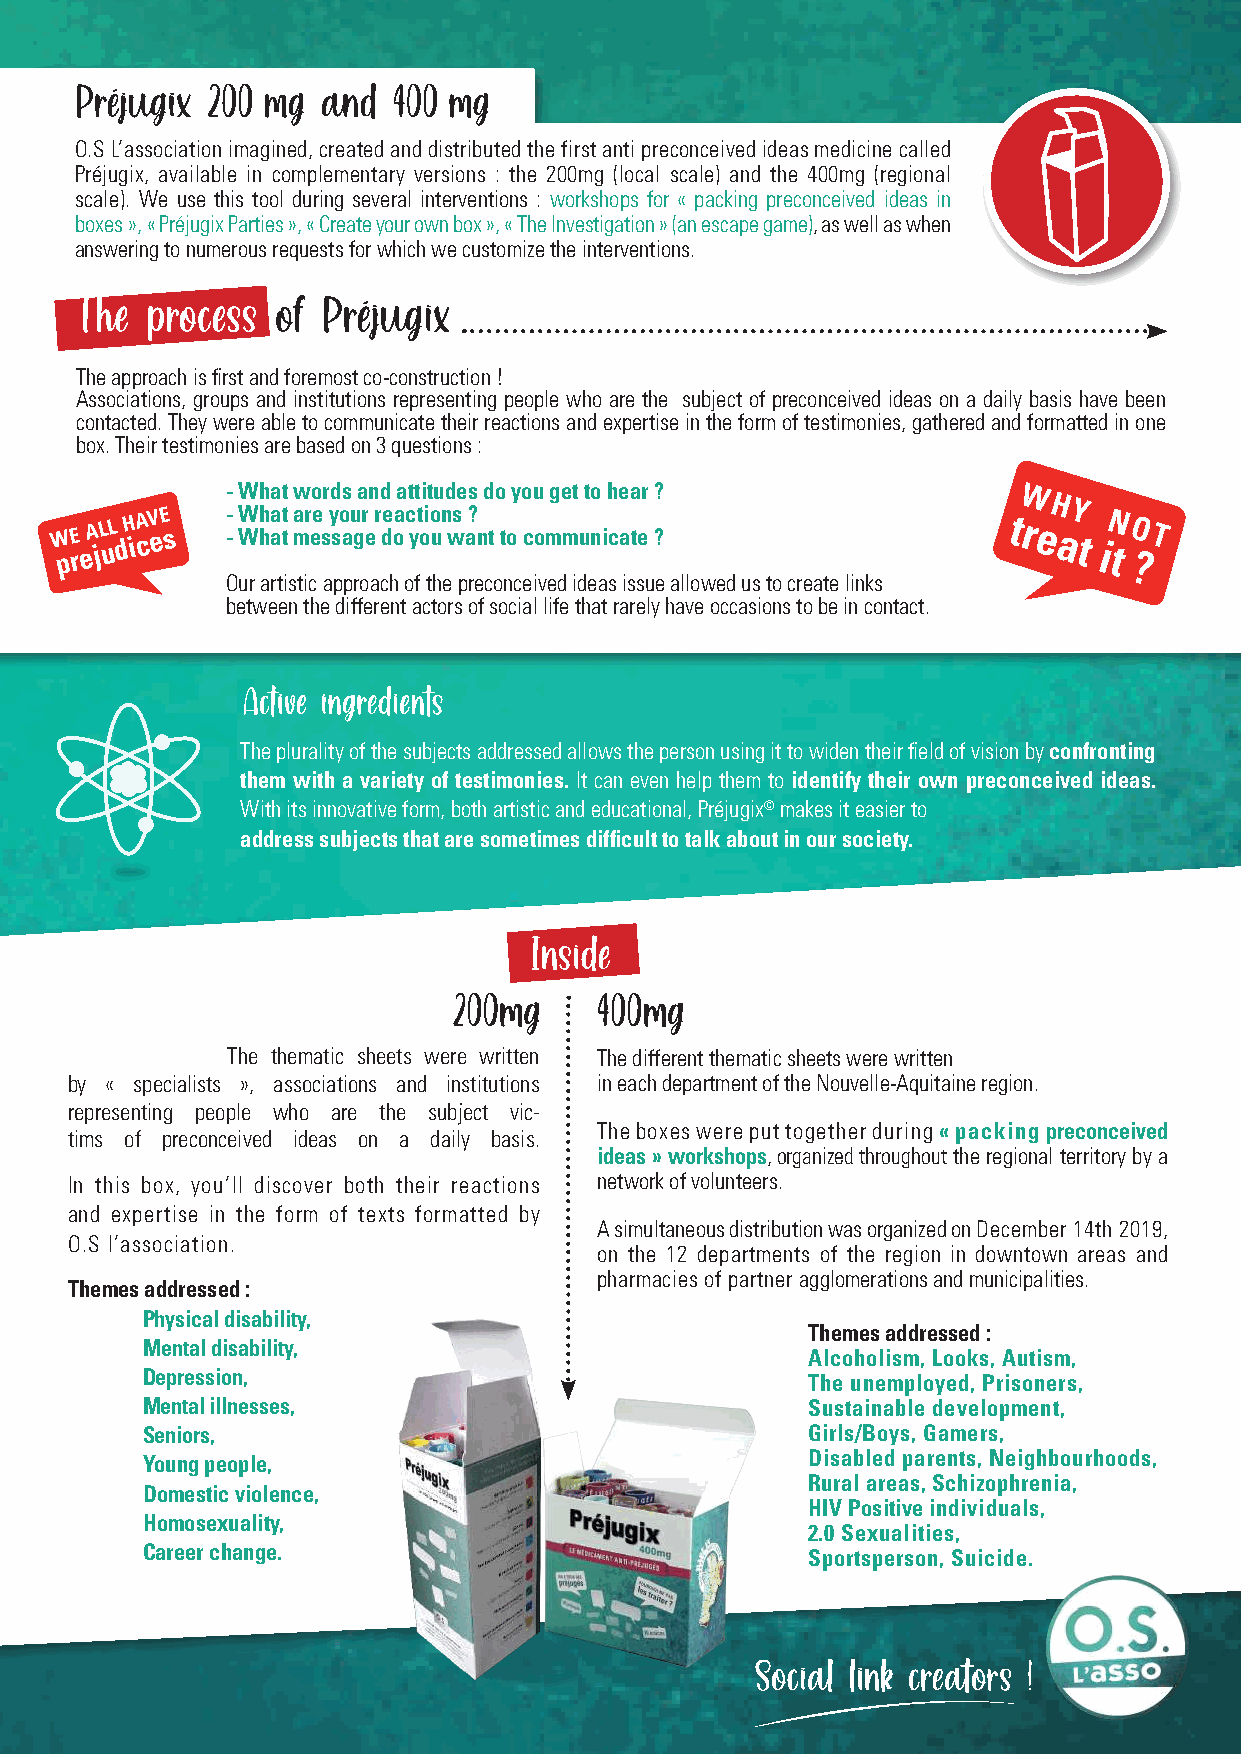
Préjugix 200 mg and  400 mg
 O.S L’association imagined, created and distributed the first anti preconceived ideas medicine called
 Préjugix, available in complementary versions : the 200mg (local scale) and the 400mg (regional
 scale). We use this tool during several interventions : workshops for « packing preconceived ideas in
 boxes », « Préjugix Parties », « Create your own box », « The Investigation » (an escape game), as well as when
 answering to numerous requests for which we customize the interventions.
 The  process of Préjugix
 The approach is first and foremost co-construction !
 Associations, groups and institutions representing people who are the subject of preconceived ideas on a daily basis have been
 contacted. They were able to communicate their reactions and expertise in the form of testimonies, gathered and formatted in one
 box. Their testimonies are based on 3 questions :
 - What words and attitudes do you get to hear ?
 W
 W pE
 r
 eA jL uL d H iA cV eE s - - W Wh ha at t a mr ee s y so au gr e r de oa c yt oio un ws a? nt to communicate ? tr eH aY t iN
 t
 ?OT
 Our artistic approach of the preconceived ideas issue allowed us to create links
 between the different actors of social life that rarely have occasions to be in contact.
 Active ingredients
 The plurality of the subjects addressed allows the person using it to widen their field of vision by confronting
 them with a variety of testimonies. It can even help them to identify their own preconceived ideas.
 With its innovative form, both artistic and educational, Préjugix© makes it easier to
 address subjects that are sometimes difficult to talk about in our society.
 Inside
 200mg    400mg
 The thematic sheets were written The different thematic sheets were written
 by « specialists », associations and institutions in each department of the Nouvelle-Aquitaine region.
 representing people who are the subject vic-
 The boxes were put together during « packing preconceived
 tims of preconceived ideas on a daily basis.
 ideas » workshops, organized throughout the regional territory by a
 In this box, you’ll discover both their reactions network of volunteers.
 and expertise in the form of texts formatted by
 A simultaneous distribution was organized on December 14th 2019,
 O.S l’association.
 on the 12 departments of the region in downtown areas and
 pharmacies of partner agglomerations and municipalities.
 Themes addressed :
 Physical disability,
 Themes addressed :
 Mental disability,
 Alcoholism, Looks, Autism,
 Depression,
 The unemployed, Prisoners,
 Mental illnesses,                           Sustainable development,
 Seniors,                                    Girls/Boys, Gamers,
 Young people,                               Disabled parents, Neighbourhoods,
 Rural areas, Schizophrenia,
 Domestic violence,
 HIV Positive individuals,
 Homosexuality,
 2.0 Sexualities,
 Career change.
 Sportsperson, Suicide.
 Social link creators !